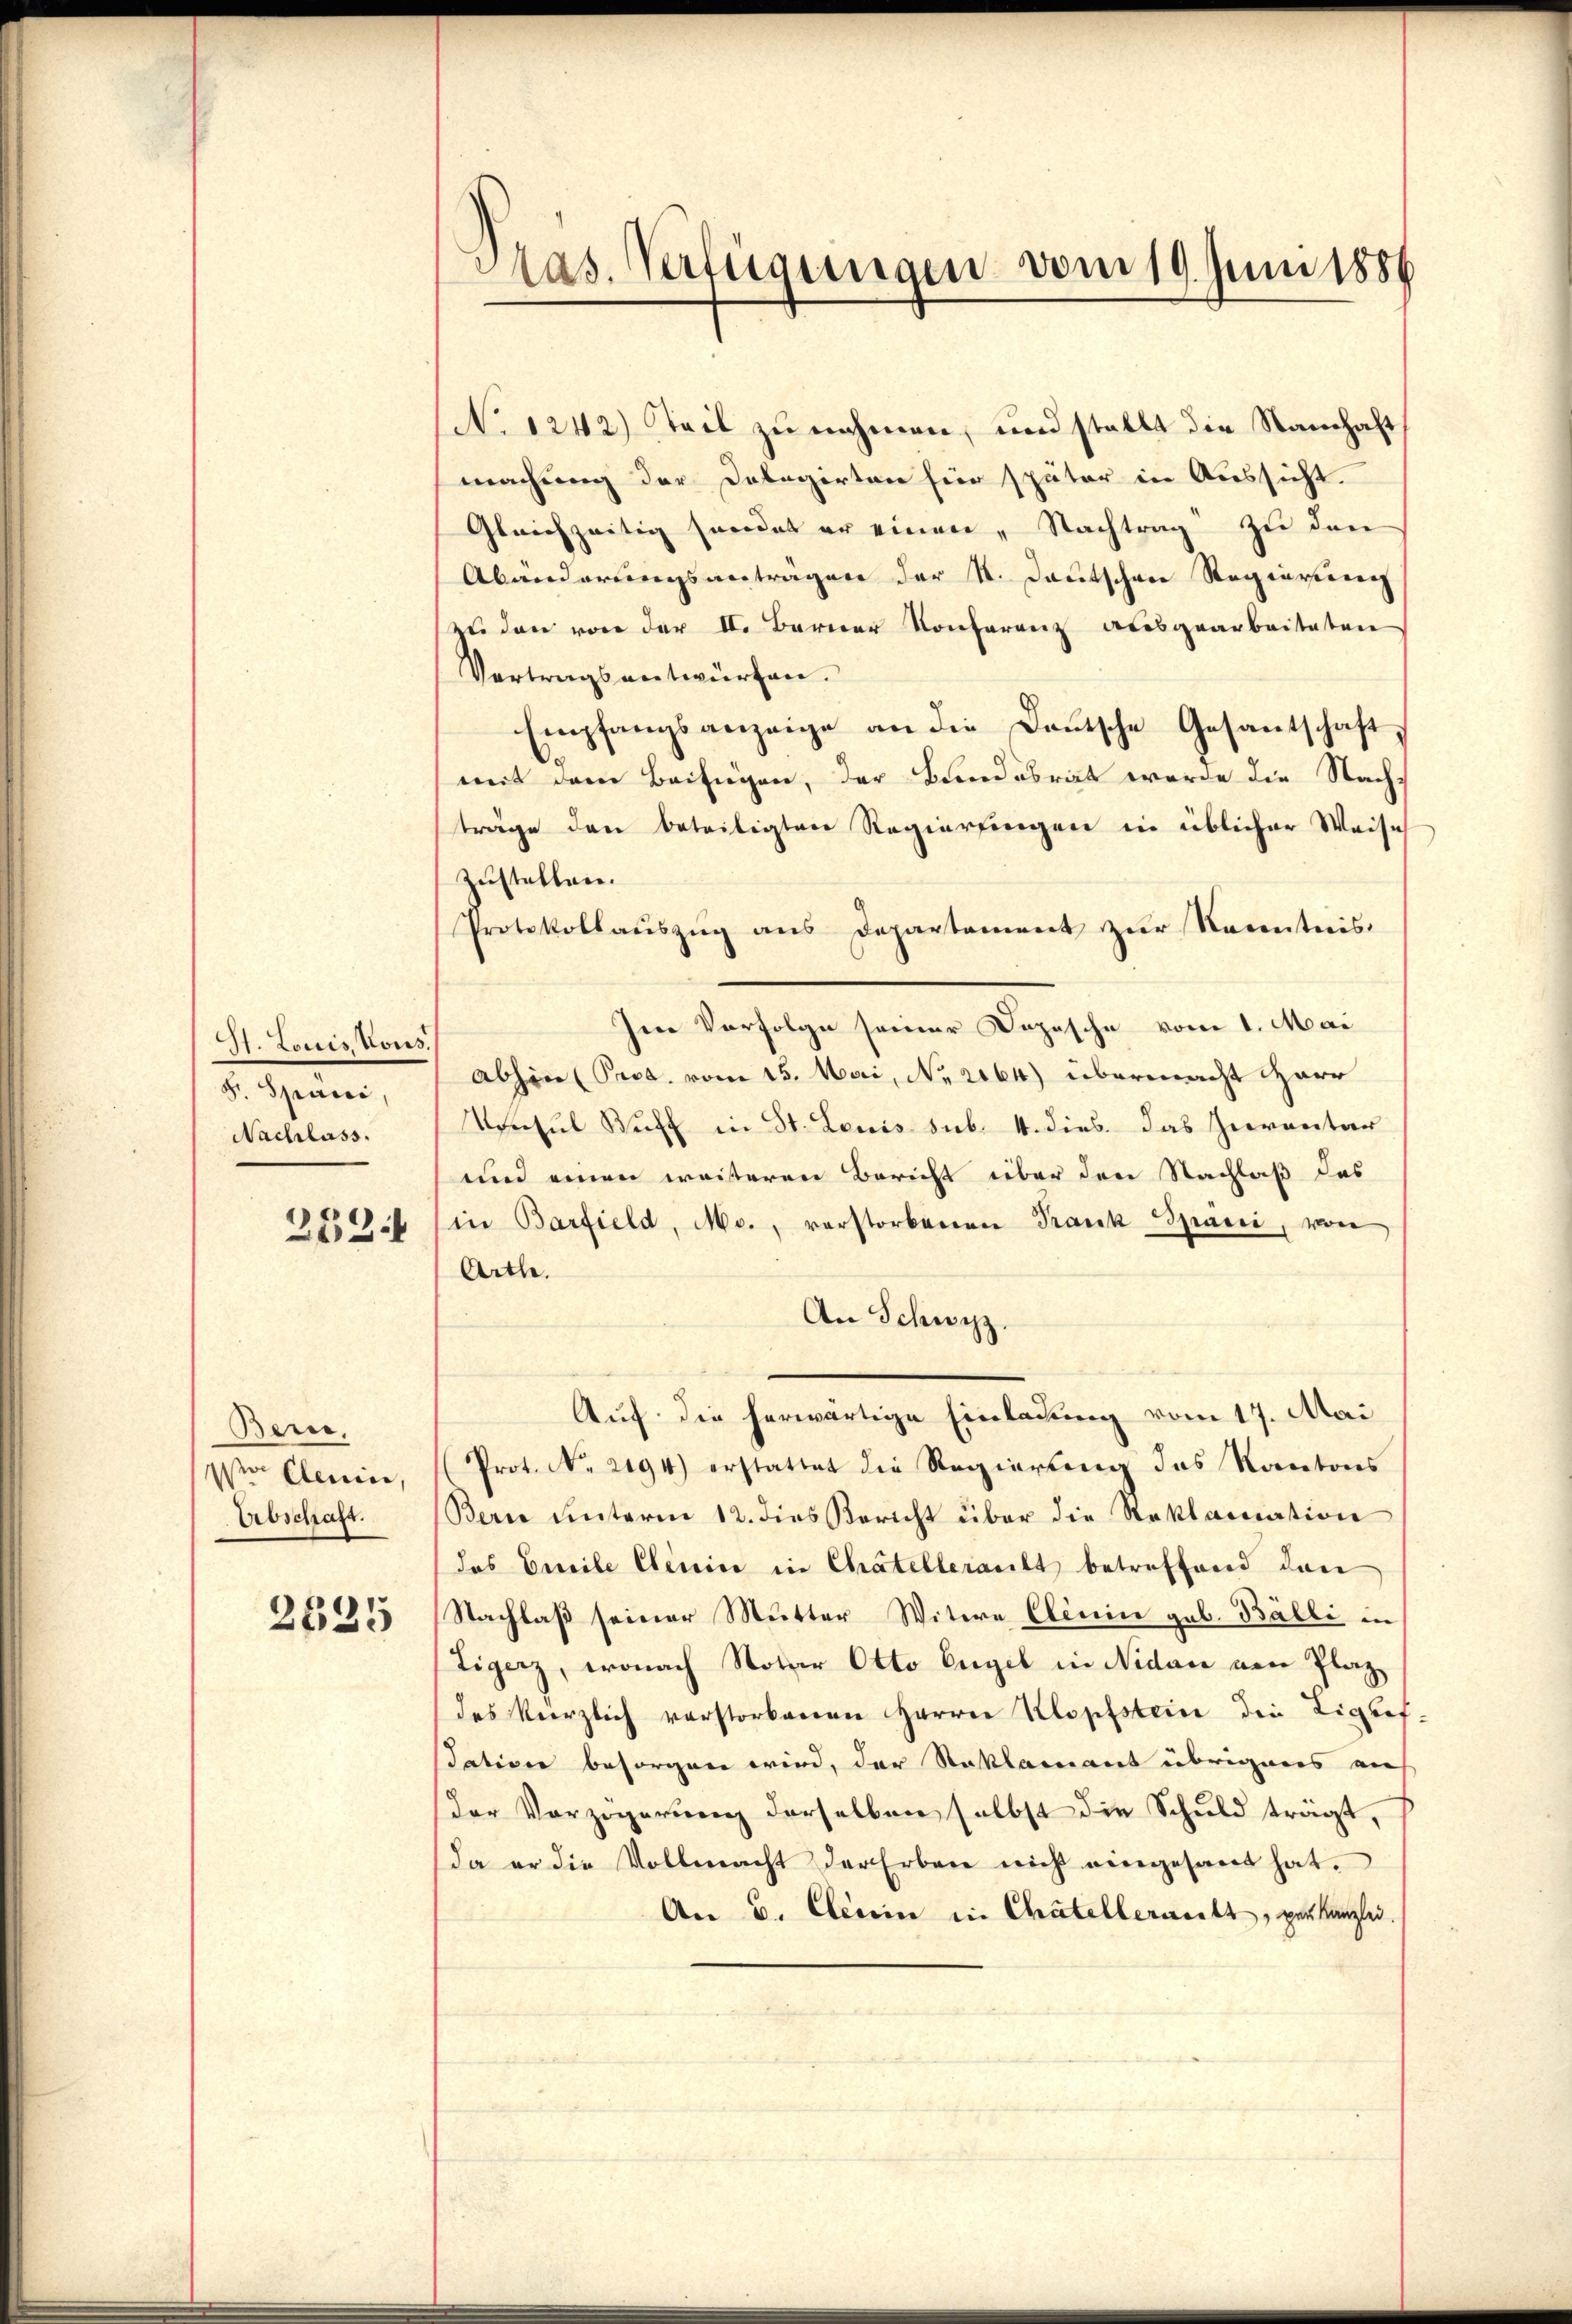
St. Loisis Vors.
2. Seien,
Nachlass.
252.

Bern,
o Clerin,
Abschaft.

2535

Pas. Verfügungen vom 19. Juni 1886

No 1242) Teil zu nehmen, und stellt die Standhaft
machung der Delegirten für später in Aussicht.
Gleichzeitig sondet er einen „Nachtrag zu den
Abänderungsantragen der K. Deutschen Regierten
zu den von der II. Berner Konferenz ausgearbeiteten
Vertragsentwürfen.
Empfangsanzeige an die Deutsche Gesantschaft,
mit dem Beifügen, der Bundesrat werde die Nach-
träge den beteiligten Regierungen in üblicher Weise
Zustellen.
Protokollauszug aus Departement zur Kenntnis.
Im Verfolge seiner Dopische vom 1. Mai
abhin (Prod. vom 15. Mai, No. 2164) übermacht Harr
Vonsul Buff in St. Louis sub. 4. dies. das Gerventar
und einen weiteren Bericht über den Nachlaß des
(in Barfield, Mc., verstorbenen Trank Spani, von
Arthe
An Schwyz.
Auf die herwärtige Einladung vom 17. Mai
Prot. No. 2194) erstattet die Regierung des Kantons
Bern unterm 12. dies Bericht über die Reklamation
das Emile Elenin in Chatelleracht betreffend den
Nachlaß seiner Mutter Witwe Elenin geb. Balli in
Tigerz, wonach Notar Otto Engel in Nidau von Plaz,
des Verzlich verstorbenen Harrer Klopfstein die Ligbef
dation besorgen wird, der Saklamant übrigens auf
der Vorzögerung derselben selbst die Schuld trägt,
da er die Vollmacht der Erbene nicht eingesant hat.
An 6. Clerin in Chatellerweitt, verkanzlei.